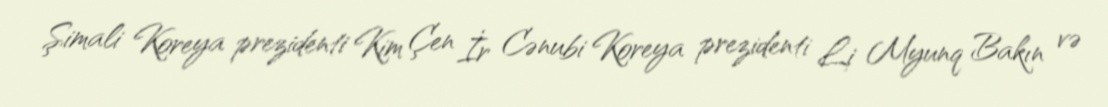
Şimali Koreya prezidenti Kim Çen İr Cənubi Koreya prezidenti Li Myunq Bakın və